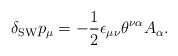
\begin{align*} \delta_{\mathrm{SW}}p_\mu=-\frac{1}{2}\epsilon_{\mu\nu} \theta^{\nu\alpha}A_\alpha.\end{align*}